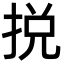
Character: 捝